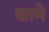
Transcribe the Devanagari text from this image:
शामे